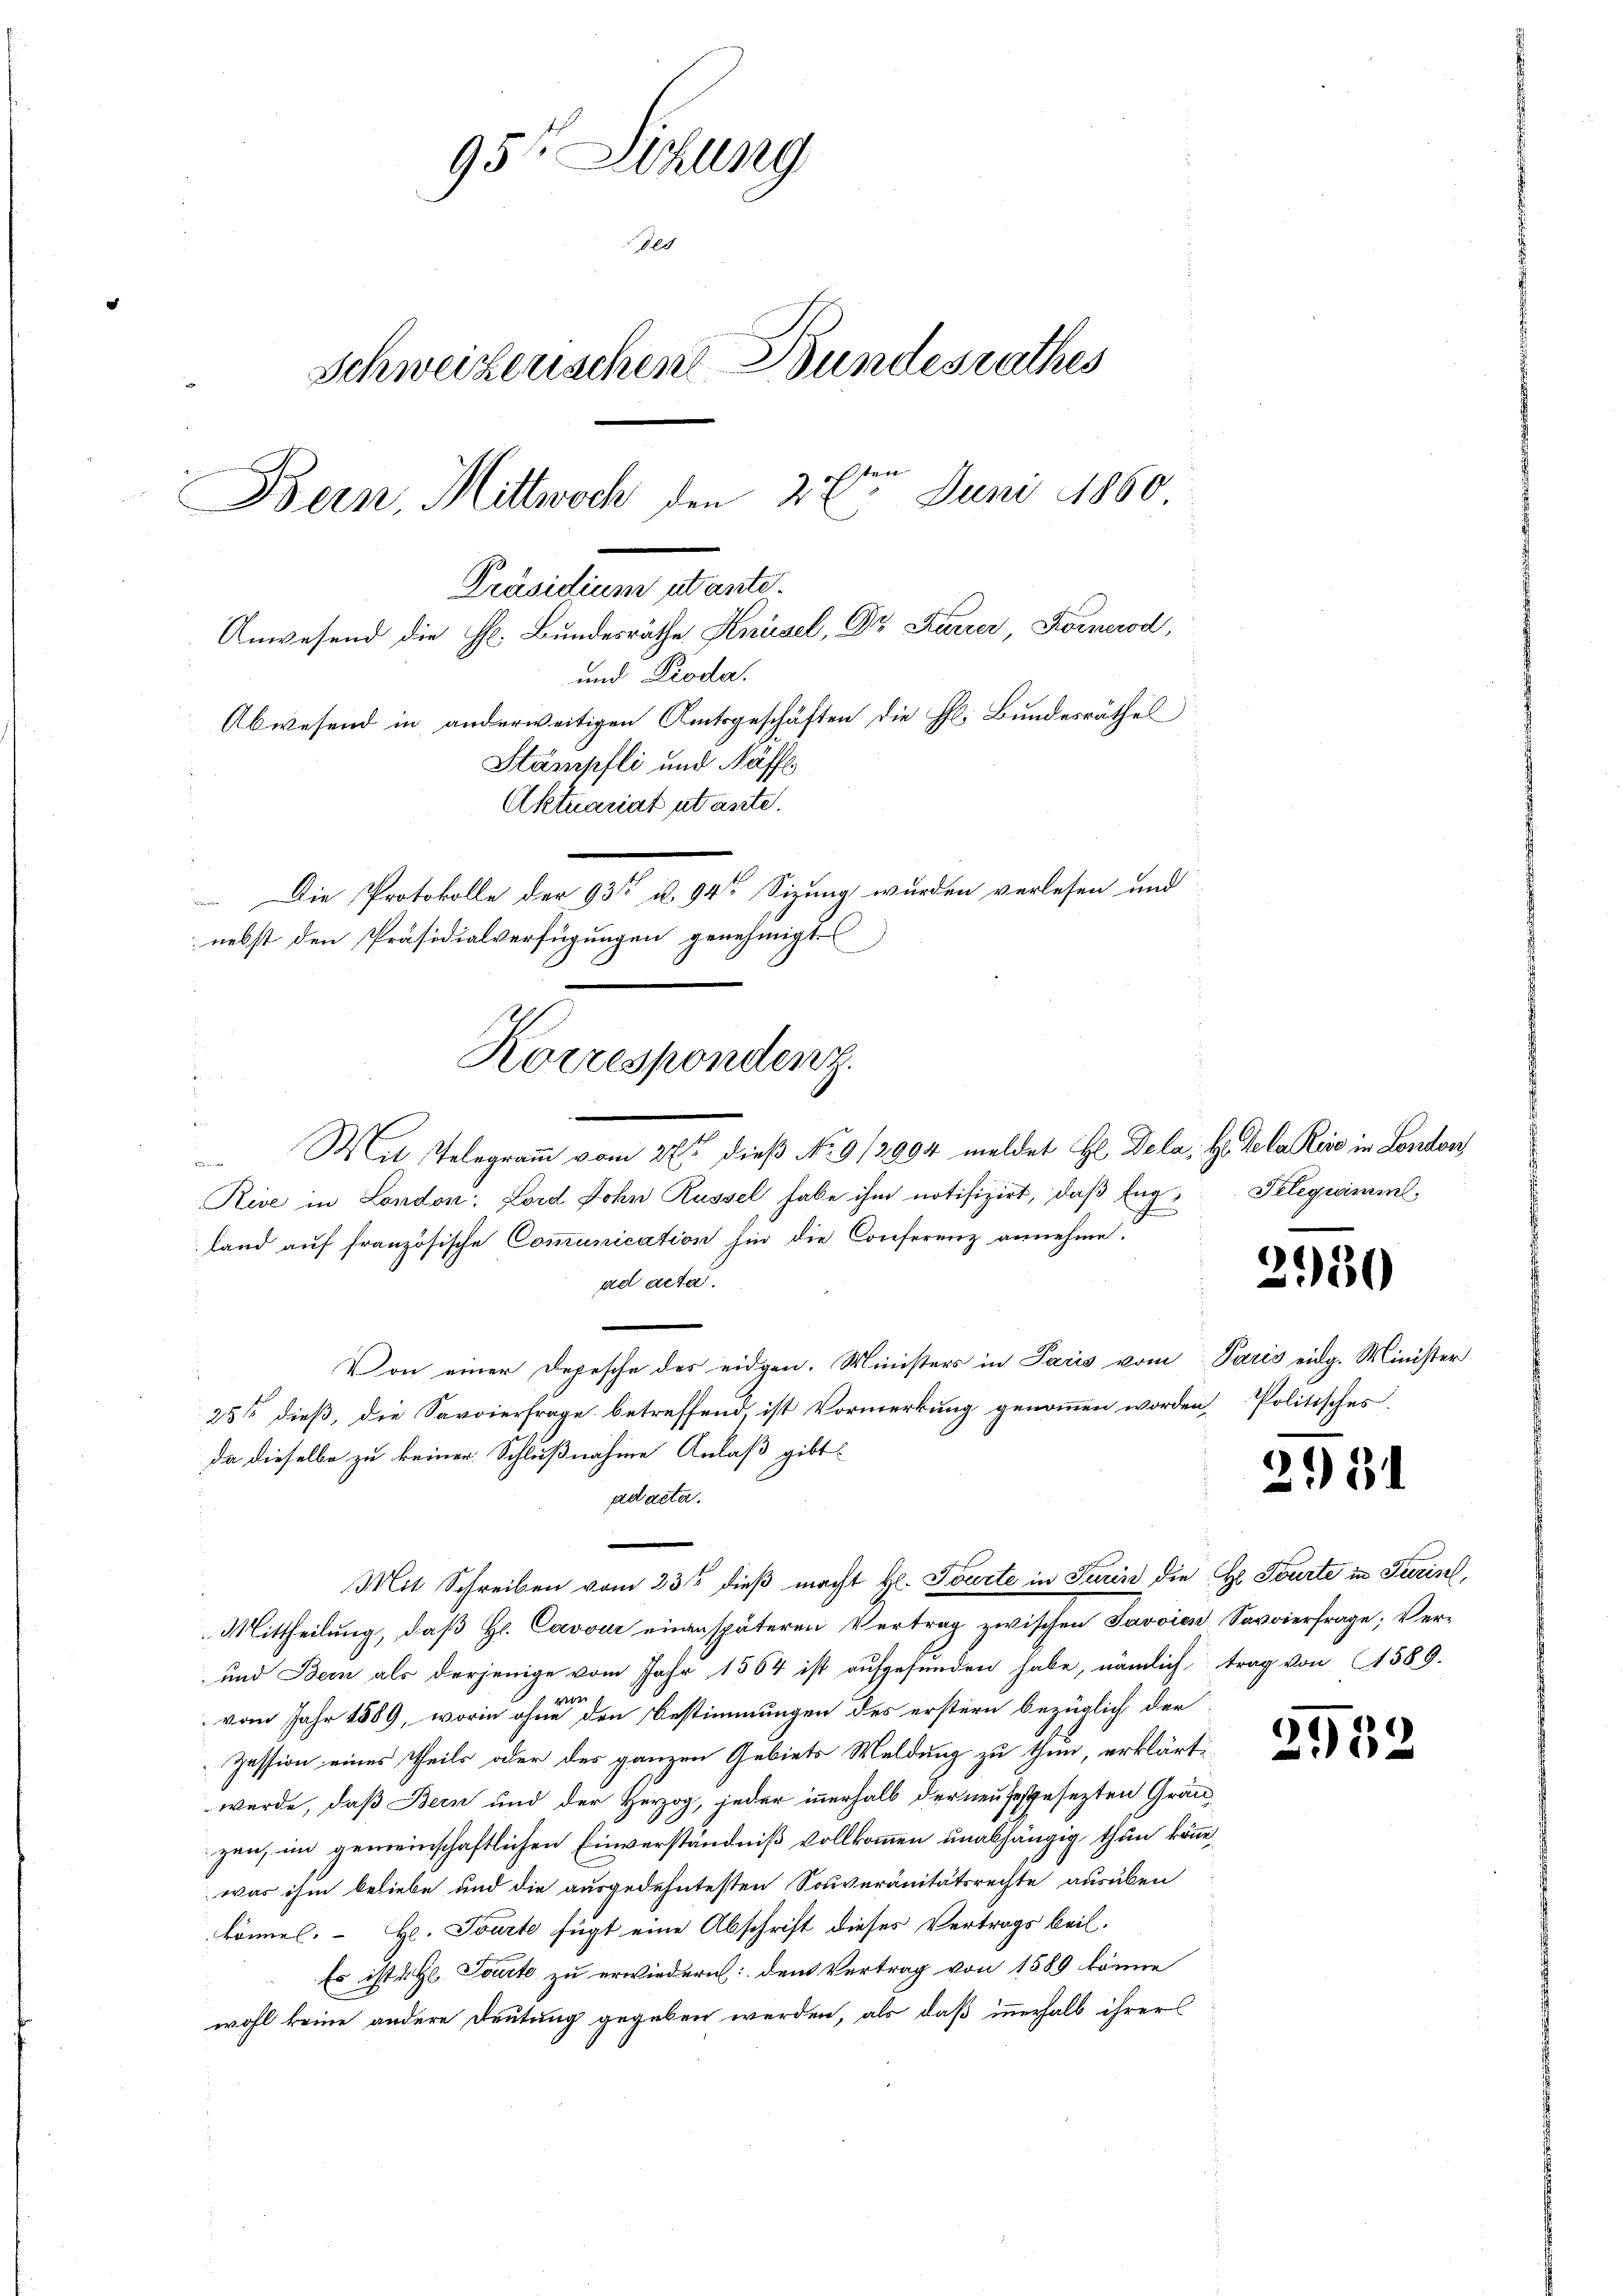
95te Sitzung
des
Schweizerischen Bundesrathes
ten
Bern, Mittwoch den 22. Juni 1860.
Präsidium utante.
Anwesend die h. Bundesräthe Knüsel, Dr. Karrer Formerod,
und Proda.
Abwesend in anderweitigen Amtsgeschäften die h. Bundesräthes
Stampfli und Näffl
Aktuariat ataste.
 Die Protokolle der 935 u. 94 Sizung wurden verlesen und
nebst den Präsidialverfügungen genehmigt

Korrespondenz.

Mit Telegramm vom 27ten dieß No. 9/3004 meldet Hl Dela, H. De la Reise in London
Rive in London: Lord John Russel habe ihm notifizirt, daß Eng- Telegramm,
land auf französische Communication hin die Conferenz annehme.
ad acta.
Von einer Depesche des eidgen. Ministers in Paris vom Paris eidg. Minister
25t dieß, die Savoierfrage betreffend, ist Vormerkung genommen worden, Politisches
da dieselbe zu keiner Schlußnahme Anlaß gibt
ad acta.
Mit Schreiben vom 23ste dieß macht H. Tourte in Turin die Hr. Tourte in Furis,
Mittheilung, daß Hr. Cavour einen späteren Vertrag zwischen Savoien Savoierfrage; Ver¬
und Bern als derjenige vom Jahr 1564 ist aufgefunden habe, nämlich trag von 1589.
d
vom Jahr 1889, worin ohne den Bestimmungen des erstern bezüglich der
Zession eines Theils oder des ganzen Gebiets Meldung zu thun, erklärt,
wurde, daß Bern und der Herzog, jeder innerhalb der neu festgesezten Grauzen, im gemeinschaftlichen Einverständniß vollkommen unabhängig thun könne,
was ihm beliebe und die ausgedehntesten Souveränitätsrechte ausüben
könne. H. Tourte fügt eine Abschrift dieses Vertrags beil.
Es ist u. Toute zu erwiedern: den Vertrag von 1589 könne
wohl keine andere Deutung gegeben werden, als daß innerhalb ihrer

2950

2031

9
i

2